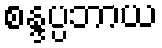
စန္ဒပ္ပဘာယ